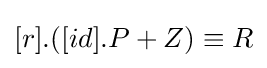
\textstyle [r].([id].P+Z)\equiv R